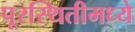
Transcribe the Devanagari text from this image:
पूरस्थितीमध्ये